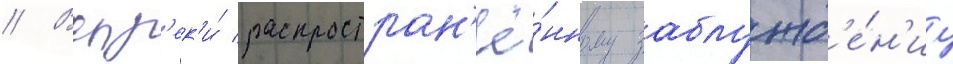
// Вопр'ек'и́ распростран'ё́нному заблужд'е́н'иу